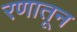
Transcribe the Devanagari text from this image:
रणातून